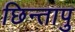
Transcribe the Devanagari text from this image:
छिन्तापु